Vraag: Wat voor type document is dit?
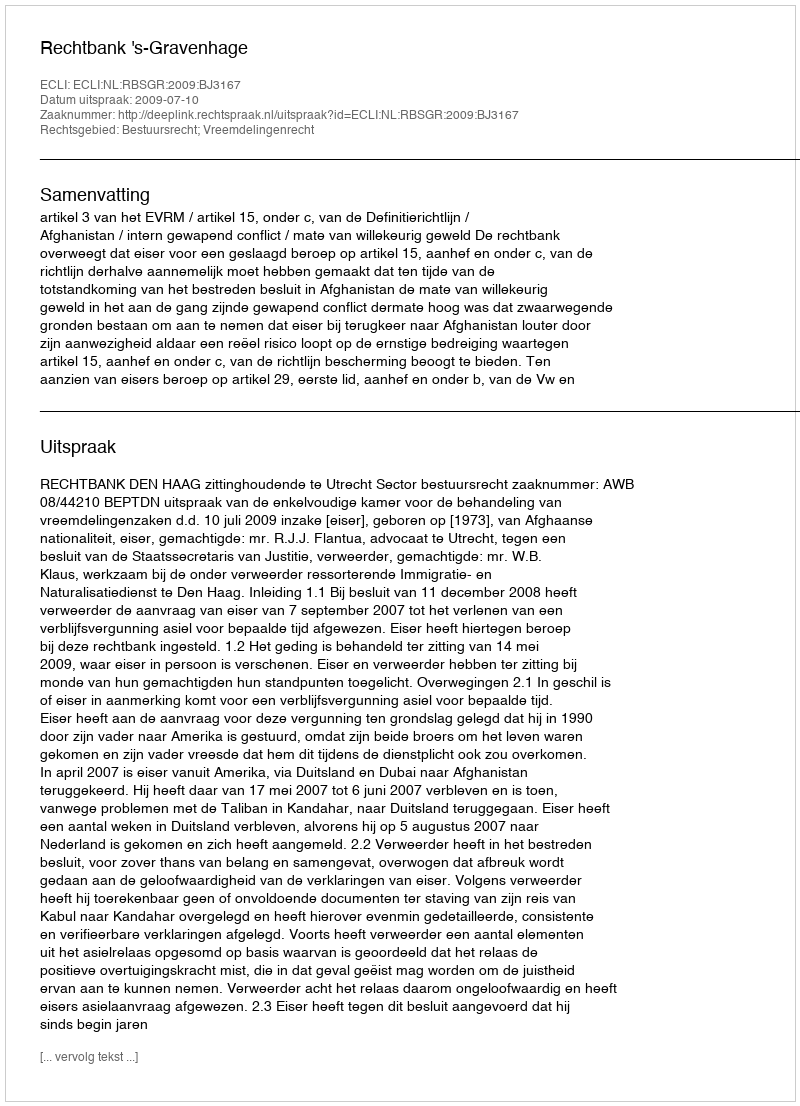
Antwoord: Uitspraak